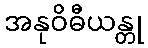
အနုဝိဓီယန္တု